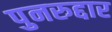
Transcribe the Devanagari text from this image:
पुनरुद्दार